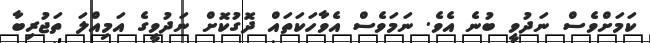
ކަމަށްވެސް ނަދުވީ ބުނެ އެވެ. ނަމަވެސް އެވާހަކަތައް ދޮގުކޮށް ނަދުވީގެ އަމިއްލަ ތަޖުރިބާ